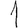
Digit: 1